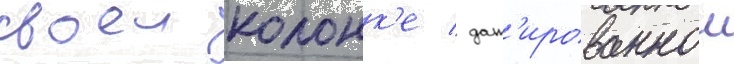
своеи колонк'е / дат'ированнои